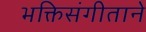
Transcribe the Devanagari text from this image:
भक्तिसंगीताने